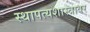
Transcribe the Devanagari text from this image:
स्थापत्यशास्त्रावर